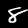
Label: 8